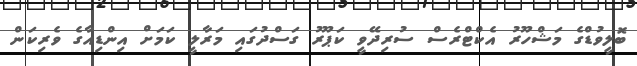
ބޮލީވުޑްގެ މަޝްހޫރު އެކްޓްރެސް ސުރިދޭވީ ކަޕޫރު ގަސްދުގައި މަރާލީ ކަމަށް އިންޑިއާގެ ވެރިކަން